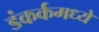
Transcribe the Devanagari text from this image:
डंकर्कमध्ये